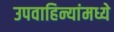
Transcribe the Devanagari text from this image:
उपवाहिन्यांमध्ये